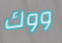
ووك